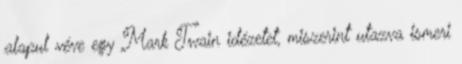
alapul véve egy Mark Twain idézetet, miszerint utazva ismeri